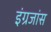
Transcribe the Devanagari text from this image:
इंग्रजांस